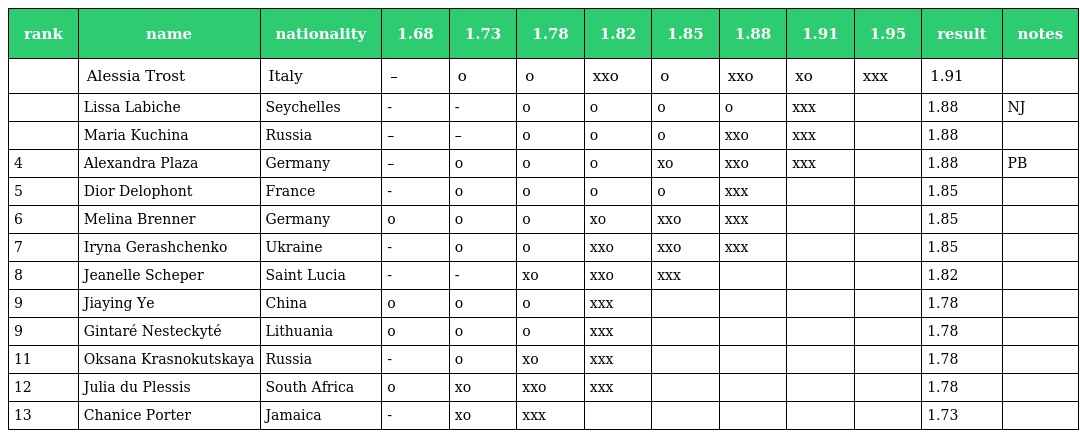
| rank | name | nationality | 1.68 | 1.73 | 1.78 | 1.82 | 1.85 | 1.88 | 1.91 | 1.95 | result | notes |
 | --- | --- | --- | --- | --- | --- | --- | --- | --- | --- | --- | --- | --- |
 |  | Alessia Trost | Italy | – | o | o | xxo | o | xxo | xo | xxx | 1.91 |  |
 |  | Lissa Labiche | Seychelles | - | - | o | o | o | o | xxx |  | 1.88 | NJ |
 |  | Maria Kuchina | Russia | – | – | o | o | o | xxo | xxx |  | 1.88 |  |
 | 4 | Alexandra Plaza | Germany | – | o | o | o | xo | xxo | xxx |  | 1.88 | PB |
 | 5 | Dior Delophont | France | - | o | o | o | o | xxx |  |  | 1.85 |  |
 | 6 | Melina Brenner | Germany | o | o | o | xo | xxo | xxx |  |  | 1.85 |  |
 | 7 | Iryna Gerashchenko | Ukraine | - | o | o | xxo | xxo | xxx |  |  | 1.85 |  |
 | 8 | Jeanelle Scheper | Saint Lucia | - | - | xo | xxo | xxx |  |  |  | 1.82 |  |
 | 9 | Jiaying Ye | China | o | o | o | xxx |  |  |  |  | 1.78 |  |
 | 9 | Gintaré Nesteckyté | Lithuania | o | o | o | xxx |  |  |  |  | 1.78 |  |
 | 11 | Oksana Krasnokutskaya | Russia | - | o | xo | xxx |  |  |  |  | 1.78 |  |
 | 12 | Julia du Plessis | South Africa | o | xo | xxo | xxx |  |  |  |  | 1.78 |  |
 | 13 | Chanice Porter | Jamaica | - | xo | xxx |  |  |  |  |  | 1.73 |  |